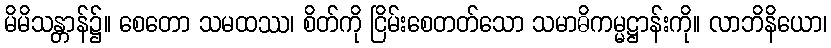
မိမိသန္တာန်၌။ စေတော သမထဿ၊ စိတ်ကို ငြိမ်းစေတတ်သော သမာဓိကမ္မဋ္ဌာန်းကို။ လာဘိနိယော၊